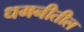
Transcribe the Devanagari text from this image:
धमनीतील